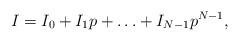
LaTeX: \begin{align*}I=I_{0}+I_{1}p+\ldots+I_{N-1}p^{N-1}, \end{align*}